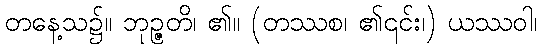
တနေ့သ၌။ ဘုဉ္ဇတိ၊ ၏။ (တဿစ၊ ၏၎င်း၊) ယဿဝါ၊